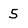
Character: 5